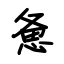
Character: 惫